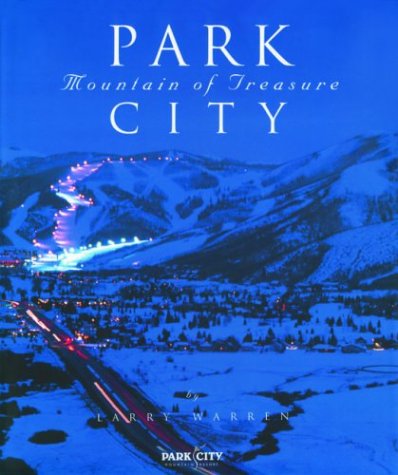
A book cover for Park City: Mountain of Treasure; Larry Warren; Travel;